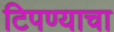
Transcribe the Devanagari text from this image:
टिपण्याचा